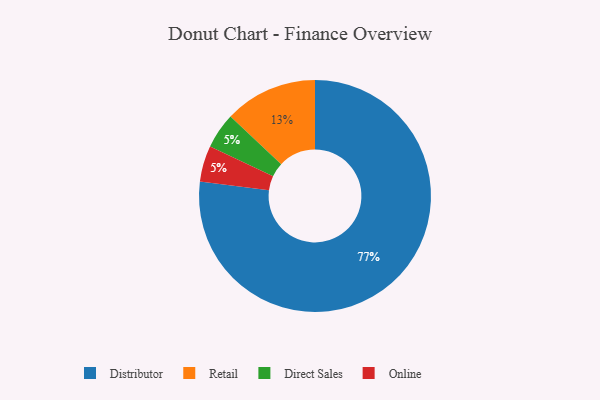
{"axis": {"x": "Category", "y": "Percentage"}, "legend": ["Direct Sales", "Distributor", "Online", "Retail"], "data": [{"x": "Direct Sales", "y": 5, "type": "Direct Sales"}, {"x": "Distributor", "y": 77, "type": "Distributor"}, {"x": "Retail", "y": 13, "type": "Retail"}, {"x": "Online", "y": 5, "type": "Online"}]}